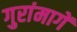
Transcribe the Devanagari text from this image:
गुरांमागें